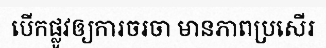
បើកផ្លូវឲ្យការចរចា មានភាពប្រសើរ